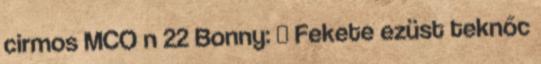
cirmos MCO n 22 Bonny: ♀ Fekete ezüst teknőc